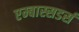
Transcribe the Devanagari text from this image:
एम्बास्सडर्स